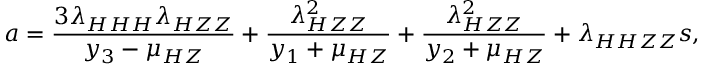
a = \frac { 3 \lambda _ { H H H } \lambda _ { H Z Z } } { y _ { 3 } - \mu _ { H Z } } + \frac { \lambda _ { H Z Z } ^ { 2 } } { y _ { 1 } + \mu _ { H Z } } + \frac { \lambda _ { H Z Z } ^ { 2 } } { y _ { 2 } + \mu _ { H Z } } + \lambda _ { H H Z Z } s ,